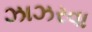
ઝાઝરવા